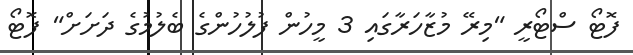
ފޮޓޯ ސްޓޯރީ "މިރޭ މުޒާހަރާގައި 3 މީހުން ފުލުހުންގެ ބެލުމުގެ ދަށަށް" ފޮޓޯ